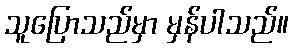
သူပြောသည်မှာ မှန်ပါသည်။